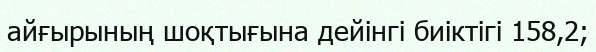
айғырының шоқтығына дейінгі биіктігі 158,2;